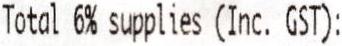
TOTAL 6% SUPPLIES (INC. GST):